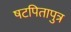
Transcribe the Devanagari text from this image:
षटपितापुत्र